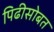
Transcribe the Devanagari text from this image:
पिढीसोबत